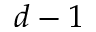
d - 1